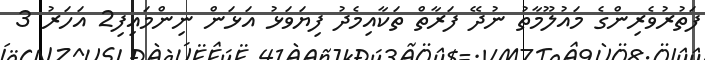
ފަތުރުވެރިންގެ މައުލޫމާތު ނުދޭ ފަރާތް ތަކާއިމެދު ފިޔަވަޅު އަޅަން ނިންމައިފި2 އަހަރު 3